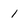
Character: 1